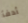
أدفأ